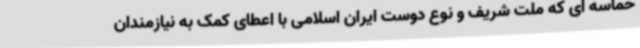
حماسه ای که ملت شریف و نوع دوست ایران اسلامی با اعطای کمک به نیازمندان